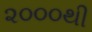
૨૦૦૦થી